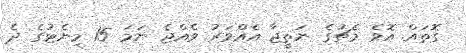
ގޮތައް އޮވެ މެޗުގެ ނަތީޖާ އެއްވަރު ވެއްޖެ ނަމަ 15 މިނެޓުގެ ދެ